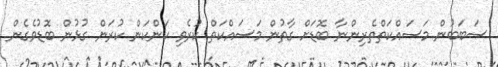
ސަބަބުން މަސައްކަތްތެރިންނާ ބޮޑަށް ގާތުން މަސައްކަތް ކުރެވި ކަންކަން ކުރަން ގުޅުން ބޮޑުވެގެން